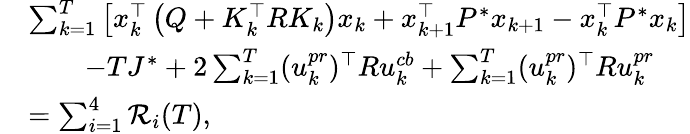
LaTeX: \begin{array}{rl}&{\sum_{k=1}^{T}\left[x_{k}^{\top}\left(Q+K_{k}^{\top}RK_{k}\right)x_{k}+x_{k+1}^{\top}P^{*}x_{k+1}-x_{k}^{\top}P^{*}x_{k}\right]}\\ &{\qquad-TJ^{*}+2\sum_{k=1}^{T}(u_{k}^{pr})^{\top}Ru_{k}^{cb}+\sum_{k=1}^{T}(u_{k}^{pr})^{\top}Ru_{k}^{pr}}\\ &{=\sum_{i=1}^{4}\mathcal{R}_{i}(T),}\end{array}